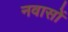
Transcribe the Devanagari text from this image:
नवासों